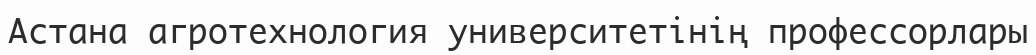
Астана агротехнология университетінің профессорлары